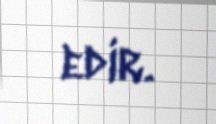
edir.